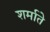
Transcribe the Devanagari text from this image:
शर्माते